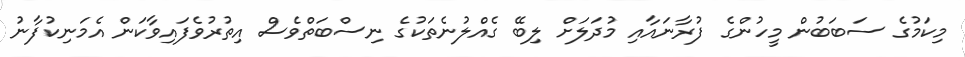
މިކަމުގެ ސަބަބުން މީހުންގެ ފުރާނައާއި މުދަލަށް ލިބޭ ގެއްލުނެތަކުގެ ނިސްބަތްވެސް އިތުރުވެފައިވާކަން އެމަނިކުފާނު